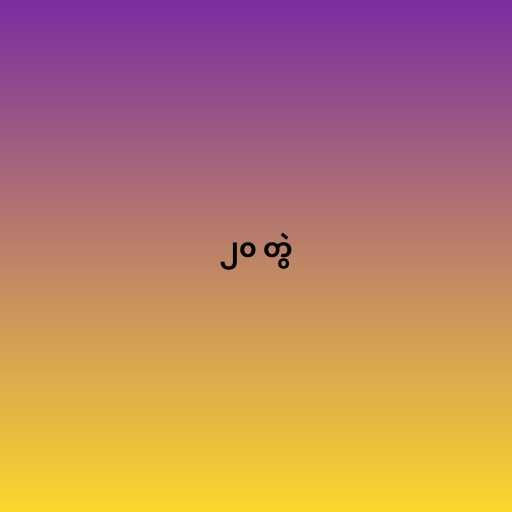
၂၀ တွဲ